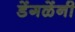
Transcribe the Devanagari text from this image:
डेंगळेंनी